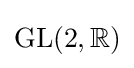
\operatorname {GL} (2,\mathbb {R} )